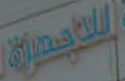
للاصدارة